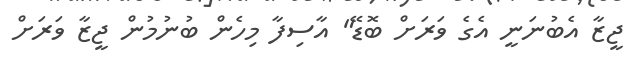
ޖީޒާ އެބުނަނީ އެގެ ވަރަށް ބޮޑޭ" އާސިފާ މިހެން ބުނުމުން ޖީޒާ ވަރަށް